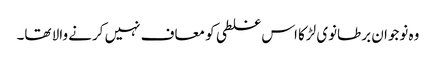
وہ نوجوان برطانوی لڑکا اس غلطی کو معاف نہیں کرنے والا تھا۔